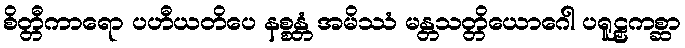
စိတ္တီကာရော ပဟီယတိပေ နစ္စန္တံ အမိဿံ မန္တသတ္တိယောဂေါ ပရူဠှကစ္ဆာ